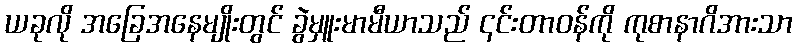
ယခုလို အခြေအနေမျိုးတွင် ခွဲမှူးမာမီယာသည် ၎င်းတာဝန်ကို ကုစာနာဂိအားသာ